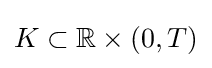
K\subset \mathbb {R} \times (0,T)